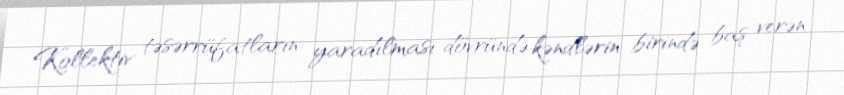
Kollektiv təsərrüfatların yaradılması dövründə kəndlərin birində baş verən